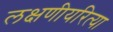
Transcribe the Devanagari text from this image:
लक्षणीयरित्या